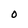
Character: O